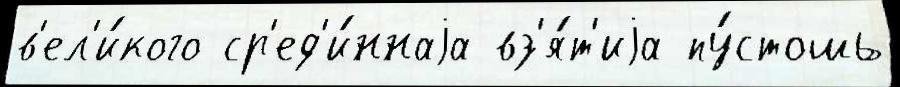
в'ел'и́кого ср'ед'и́ннаjа вз'я́т'иjа пу́стошь